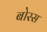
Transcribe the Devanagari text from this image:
बोरस